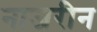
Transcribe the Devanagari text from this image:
नाजरीन